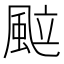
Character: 䬃